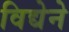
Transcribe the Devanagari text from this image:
विद्येने